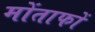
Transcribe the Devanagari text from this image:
मोंताफों